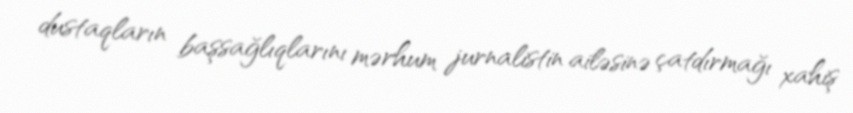
dustaqların başsağlıqlarını mərhum jurnalistin ailəsinə çatdırmağı xahiş